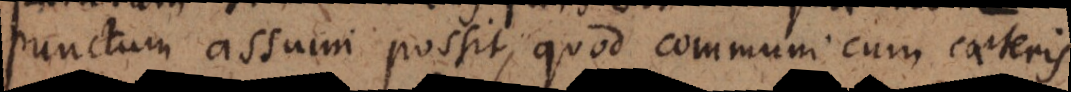
punctum assumi possit, quod communi cum caeteris